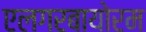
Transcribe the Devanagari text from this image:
एलगरबायोरम